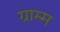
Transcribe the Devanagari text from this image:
ग्राम्म